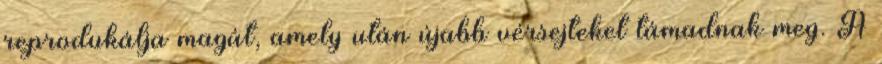
reprodukálja magát, amely után újabb vérsejteket támadnak meg. A